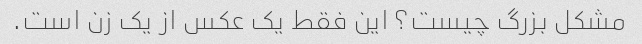
مشکل بزرگ چیست؟ این فقط یک عکس از یک زن است.